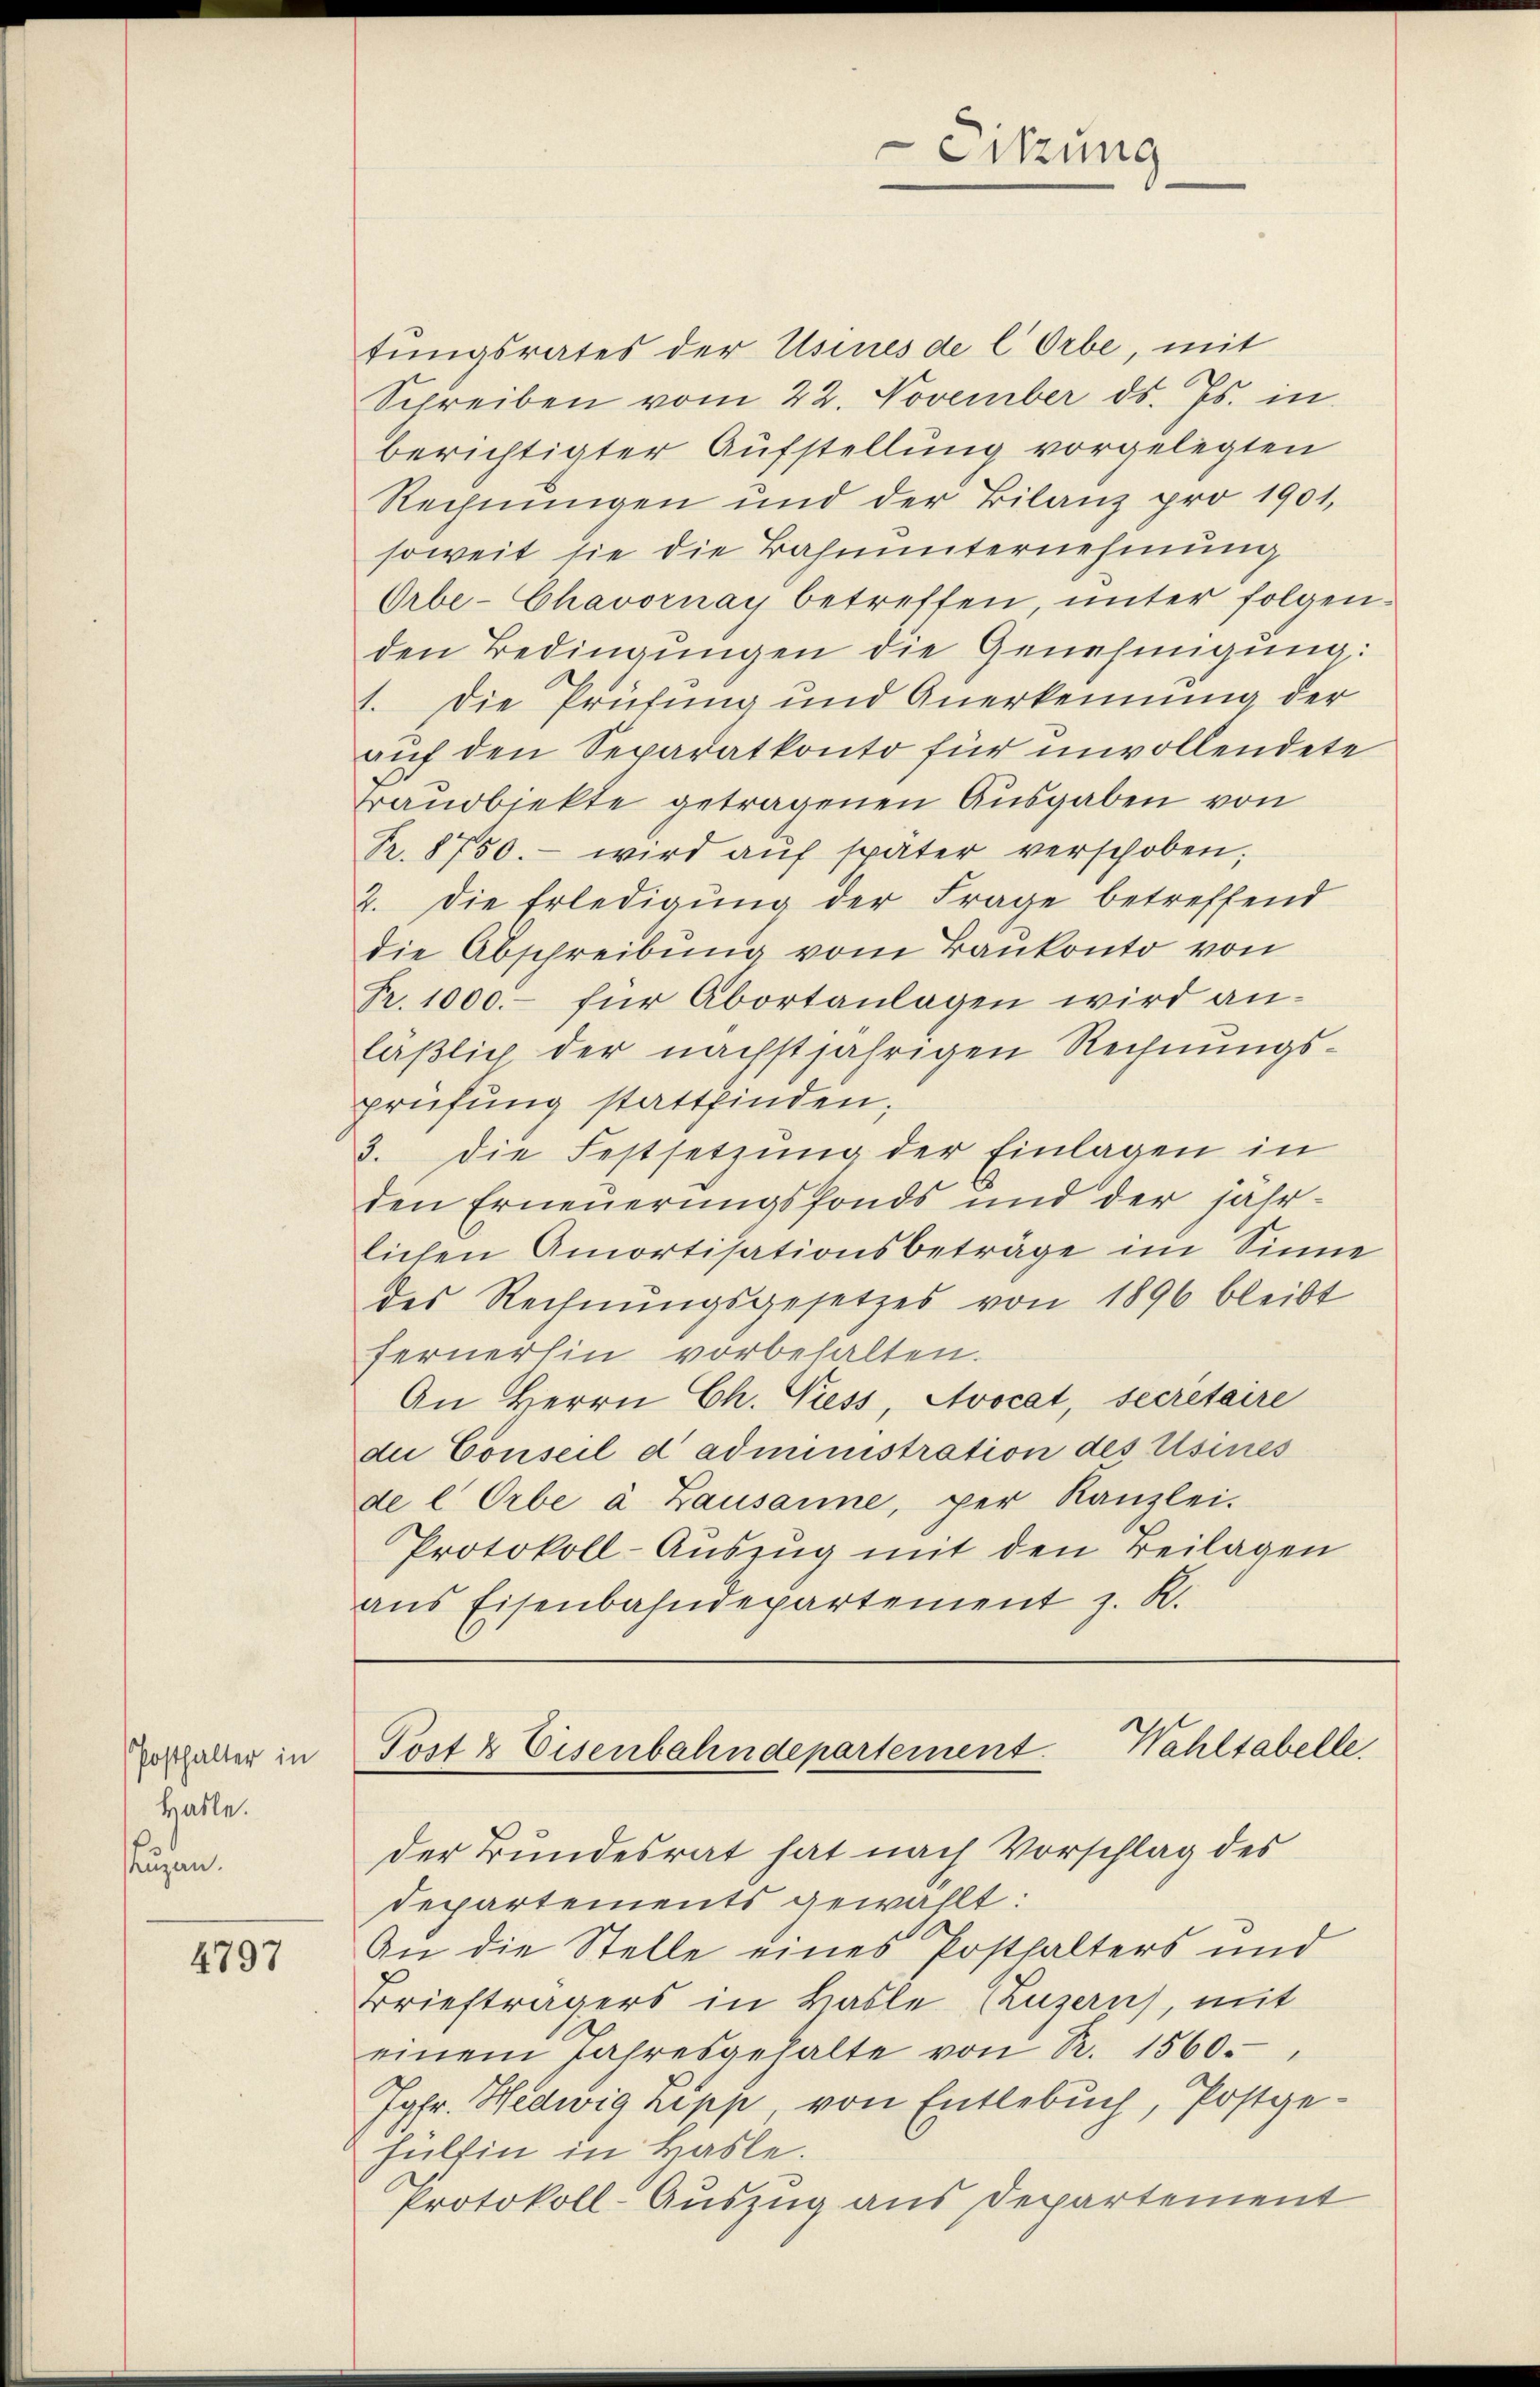
Posthalter in
Halle.
Puzern.

4797

tungsrates der Usines de l Orbe, mit
Schreiben vom 22. November ds. Js. in
berichtigter Aufstellung vorgelegten
Rechnungen und der Bilanz pro 1901,
soweit sie die Bahnunternehmung
Orbe-Chavornay betreffen, unter folgenden Bedingungen die Genehmigung:
1. Die Prüfung und Anerkennung der
auf den Separatkonto für unvollendete
Brandbiekte getragenen Ausgaben von
Pr. 8750.- wird aŭf später verschoben;
2. Die Erledigung der Frage betreffend
die Abschreibung vom Baukonto von
Fr. 1000.- für Abortanlagen wird anläßlich der nächstjährigen Rechnungsprüfung stattfinden.
3. Die Festsetzung der Einlagen in
den Erneuerungsfonds und der jahr-
lichen Amortisationsbeträge im Sinne
des Rechnŭngsgesetzes von 1896 bleibt
fernerhin vorbehalten.
An Herrn Ch. Niess, Avocat, secretaire
du Conseil d’administration des Usines
de l Orbe à Lausanne, per Kanzlei.
Protokoll-Auszug mit den Beilagen
ans Eisenbahndepartement z. R.

fülfin in Hasle.

der Bundesrat hat nach Vorschlag des
Departements gewählt:
An die Stelle eines Posthalters und
Briefträgers in Basle (Luzern), mit
einem Jahresgehalte von R. 1560.
Jgfr. Hedwig hepp von Entlebuch, Postge¬
Protokoll-Auszug aus Departement

Sitzung

Post & Eisenbahndepartement. Wahlsabelle.